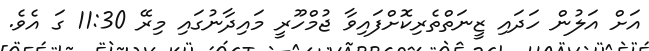
އަށް އަލުން ހަދައި ޒީނަތްތެރިކޮށްފައިވާ ޖުމްހޫރީ މައިދާނުގައި މިރޭ 11:30 ގަ އެވެ.